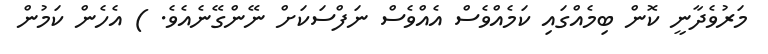
މަރުވެދާނީ ކޮން ބިމެއްގައި ކަމެއްވެސް އެއްވެސް ނަފްސަކަށް ނޭންގޭނެއެވެ. ) އެހެން ކަމުން